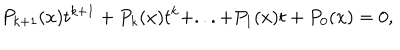
LaTeX: P _ { k + 1 } ( x ) t ^ { k + 1 } + P _ { k } ( x ) t ^ { k } + . . . + P _ { 1 } ( x ) t + P _ { 0 } ( x ) = 0 ,